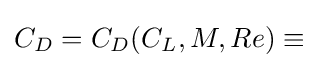
C_{D}=C_{D}(C_{L},M,Re)\equiv